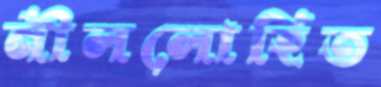
নীললোহিত